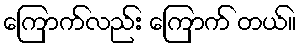
ကြောက်လည်း ကြောက် တယ်။